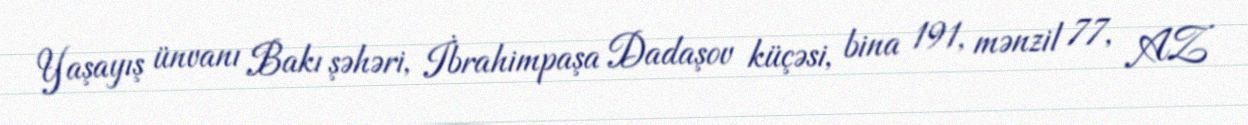
Yaşayış ünvanı Bakı şəhəri, İbrahimpaşa Dadaşov küçəsi, bina 191, mənzil 77, AZ